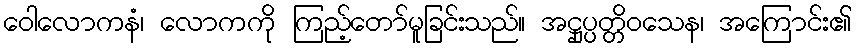
ဝေါလောကနံ၊ လောကကို ကြည့်တော်မူခြင်းသည်။ အဋ္ဌုပ္ပတ္တိဝသေန၊ အကြောင်း၏